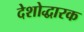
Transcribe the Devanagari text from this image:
देशोद्धारक